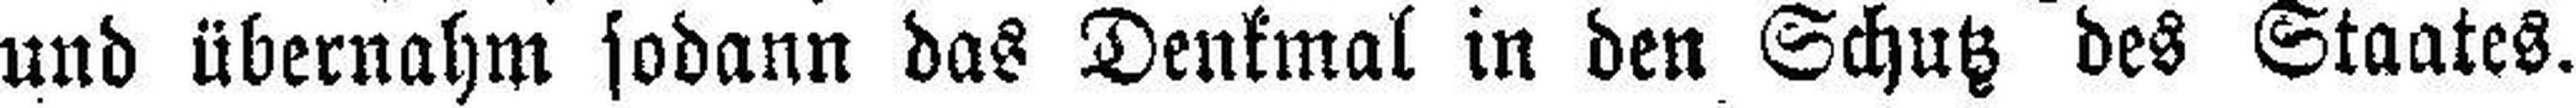
und übernahm sodann das Denkmal in den Schutz des Staates.